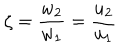
LaTeX: \zeta = \frac { w _ { 2 } } { w _ { 1 } } = \frac { u _ { 2 } } { u _ { 1 } }